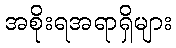
အစိုးရအရာရှိများ